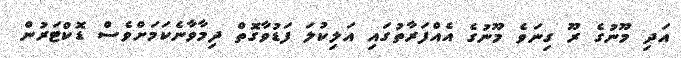
އަދި މޫނުގެ ރޫ ގިނަވެ މޫނުގެ އެއްފަރާތުގައި އަލިކުލަ ފަޑުވާގޮތް ދިމާވާނެކަމަށްވެސް ޑޮކްޓަރުން